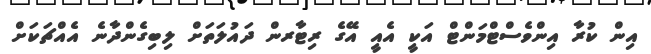
އިން ކުރާ އިންވެސްޓްމަންޓް އަކީ އެއީ އޭގެ ރިޓާރން ދައުލަތަށް ލިިބިގެންދާނެ އެއްޗަކަށް